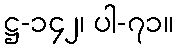
ဋ္ဌ-၁၄၂၊ ပါ-၇၁။